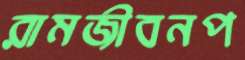
রামজীবনপ